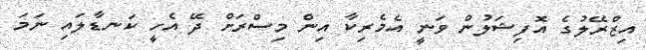
އިޒްރޭލުގެ އޮފިޝަލުން ވަނީ އެމެރިކާ އިން މިސްރަށް ދޭ އެހީ ކަނޑާލައި ނަމަ